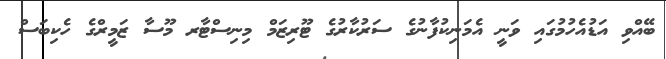
ބޭއްވި އަޑުއެހުމުގައި ވަނީ އެމަނިކުފާނުގެ ސަރުކާރުގެ ޓޫރިޒަމް މިނިސްޓާރ މޫސާ ޒަމީރްގެ ހެކިބަސް